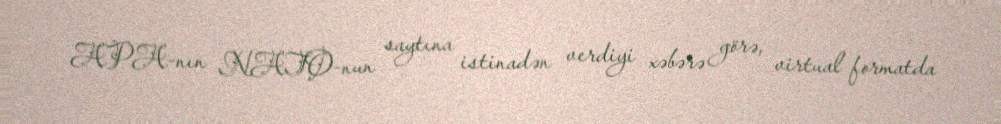
APA-nın NATO-nun saytına istinadən verdiyi xəbərə görə, virtual formatda